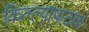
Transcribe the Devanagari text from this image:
किल्ल्यापाठचा